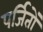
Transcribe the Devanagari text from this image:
पर्जितों